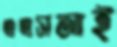
এএসআই